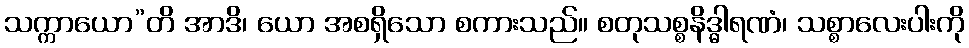
သက္ကာယော”တိ အာဒိ၊ ယော အစရှိသော စကားသည်။ စတုသစ္စနိဒ္ဓါရဏံ၊ သစ္စာလေးပါးကို